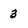
Character: 3